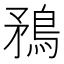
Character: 𭿼